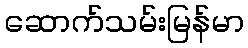
ဆောက်သမ်းမြန်မာ